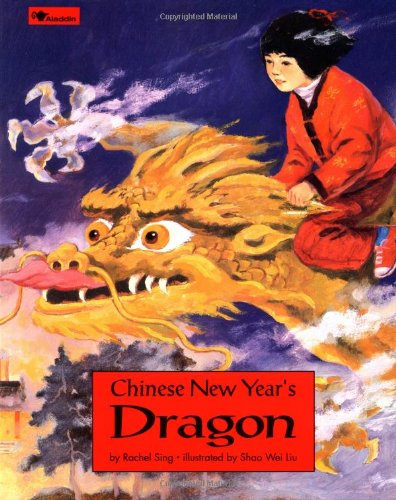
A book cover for Chinese New Year's Dragon; Rachel Sing; Children's Books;